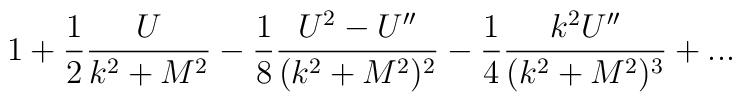
1 +{1\over 2} {U\over {k^2+M^2}}-{1\over 8} {U^2-U''\over (k^2+M^2)^2} -{1\over 4} {k^2 U''\over (k^2+M^2)^3}+ ...